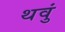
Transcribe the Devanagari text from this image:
थवुं